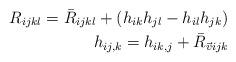
LaTeX: \begin{align*}R_{ijkl}=\bar{R}_{ijkl}+(h_{ik}h_{jl}-h_{il}h_{jk})\\h_{ij,k}=h_{ik,j}+\bar{R}_{\vec{v}ijk}\end{align*}